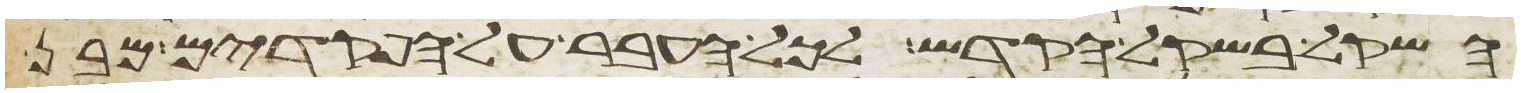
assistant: השקל בשקל הקדש לכל העבר על הפקדים מבן